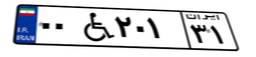
۰۰W۲۰۱۳۱